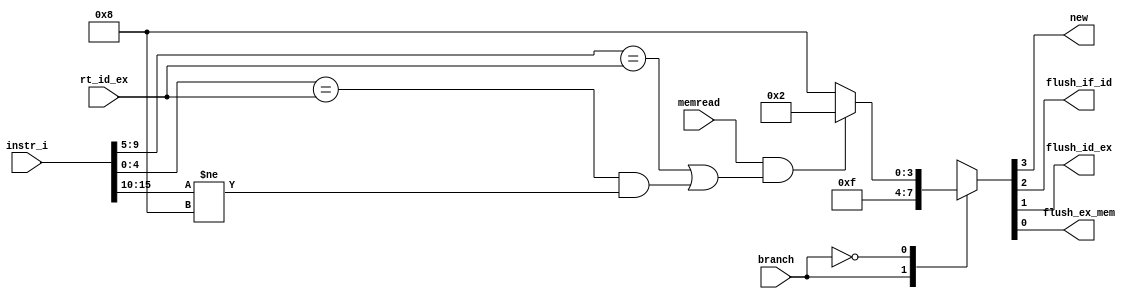
`timescale 1ns / 1ps
//109550134
module Hazard_detection(
    memread,
    instr_i,
    rt_id_ex,
    branch,
    new,
    flush_if_id,
    flush_id_ex,
    flush_ex_mem
);

input       memread,branch;
input [15:0] instr_i;
input [4:0] rt_id_ex;
output      new, flush_if_id, flush_id_ex, flush_ex_mem;

reg       new, flush_if_id, flush_id_ex, flush_ex_mem;

always@(*) begin
    case(branch)
        1'b1: 
            begin
              {new,flush_if_id,flush_id_ex,flush_ex_mem} <='b1_1_1_1;
            end
        1'b0: 
            begin
                  if(memread == 1'b1 && (instr_i[9:5] == rt_id_ex || (instr_i[4:0] == rt_id_ex && instr_i[15:10] != 6'b001000)))
                        {new,flush_if_id,flush_id_ex,flush_ex_mem} <='b0_0_1_0;
                  else
                   {new,flush_if_id,flush_id_ex,flush_ex_mem} <='b1_0_0_0;
             end
    endcase
end
endmodule